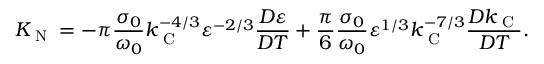
K _ { \textrm { N } } = - \pi \frac { \sigma _ { 0 } } { \omega _ { 0 } } k _ { \textrm { C } } ^ { - 4 / 3 } \varepsilon ^ { - 2 / 3 } \frac { D \varepsilon } { D T } + \frac { \pi } { 6 } \frac { \sigma _ { 0 } } { \omega _ { 0 } } \varepsilon ^ { 1 / 3 } k _ { \textrm { C } } ^ { - 7 / 3 } \frac { D k _ { \textrm { C } } } { D T } .